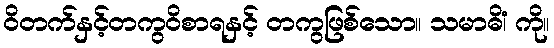
ဝိတက်နှင့်တကွဝိစာရနှင့် တကွဖြစ်သော။ သမာဓိံ၊ ကို။